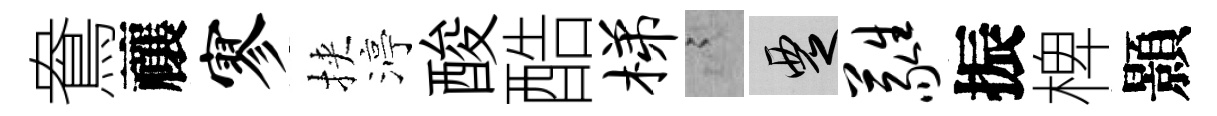
鴦禳寥挾渟酸酷梯謭覂蕤振椑顥